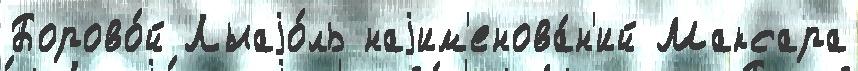
Борово́й Лыаjо́ль наjим'енова́н'ий Максара